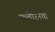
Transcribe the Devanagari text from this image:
फुलेरिनचा